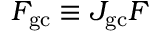
F _ { \mathrm { g c } } \equiv { \cal J } _ { \mathrm { g c } } F